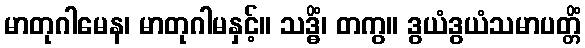
မာတုဂါမေန၊ မာတုဂါမနှင့်။ သဒ္ဓိံ၊ တကွ။ ဒွယံဒွယံသမာပတ္တိံ